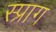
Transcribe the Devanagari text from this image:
स्प्राग